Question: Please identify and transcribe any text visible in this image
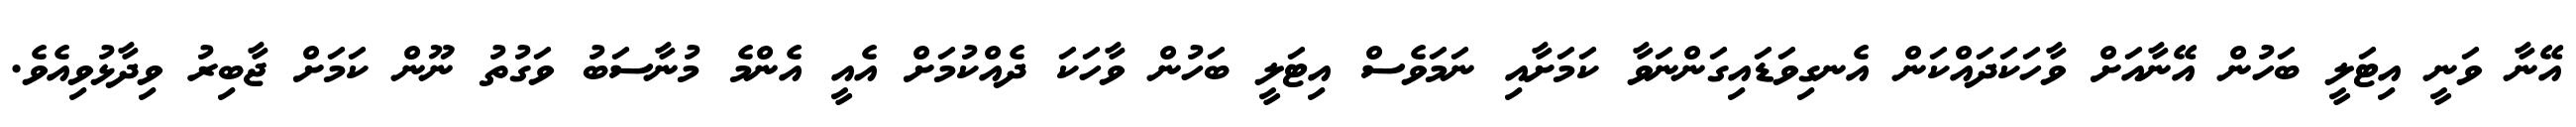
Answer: އޭނާ ވަނީ އިޓަލީ ބަހުން އޭނާއަށް ވާހަކަދައްކަން އެނގިވަޑައިގަންނަވާ ކަމަށާއި ނަމަވެސް އިޓަލީ ބަހުން ވާހަކަ ދެއްކުމަށް އެއީ އެންމެ މުނާސަބު ވަގުތު ނޫން ކަމަށް ޖާބިރު ވިދާޅުވިއެވެ.